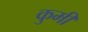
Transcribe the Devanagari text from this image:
कुमी